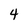
Character: 4